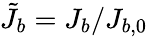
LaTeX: \tilde{J_{b}}=J_{b}/J_{b,0}